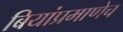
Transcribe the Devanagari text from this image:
बियांप्रमाणेच